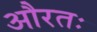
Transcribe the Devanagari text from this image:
औरतः